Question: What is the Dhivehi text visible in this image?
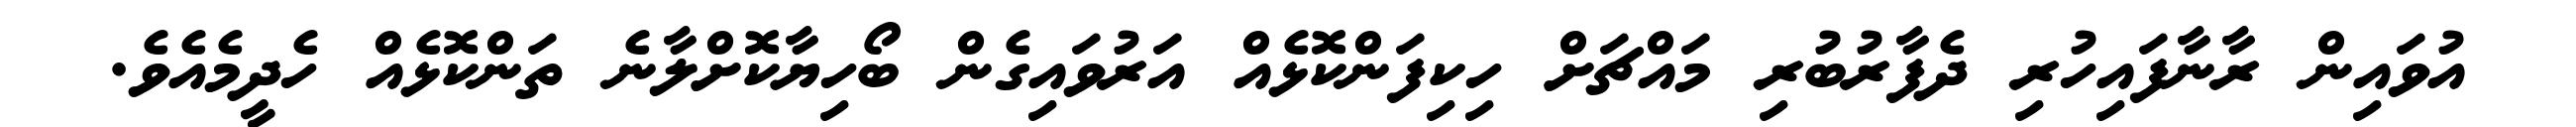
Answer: އުވައިން ރާނާފައިހުރި ދެފާރުބުރި މައްޗަށް ހިކިފަންކޮޅެއް އަރުވައިގެން ބޯހިޔާކޮށްލާނެ ތަންކޮޅެއް ހެދީމެއެވެ.